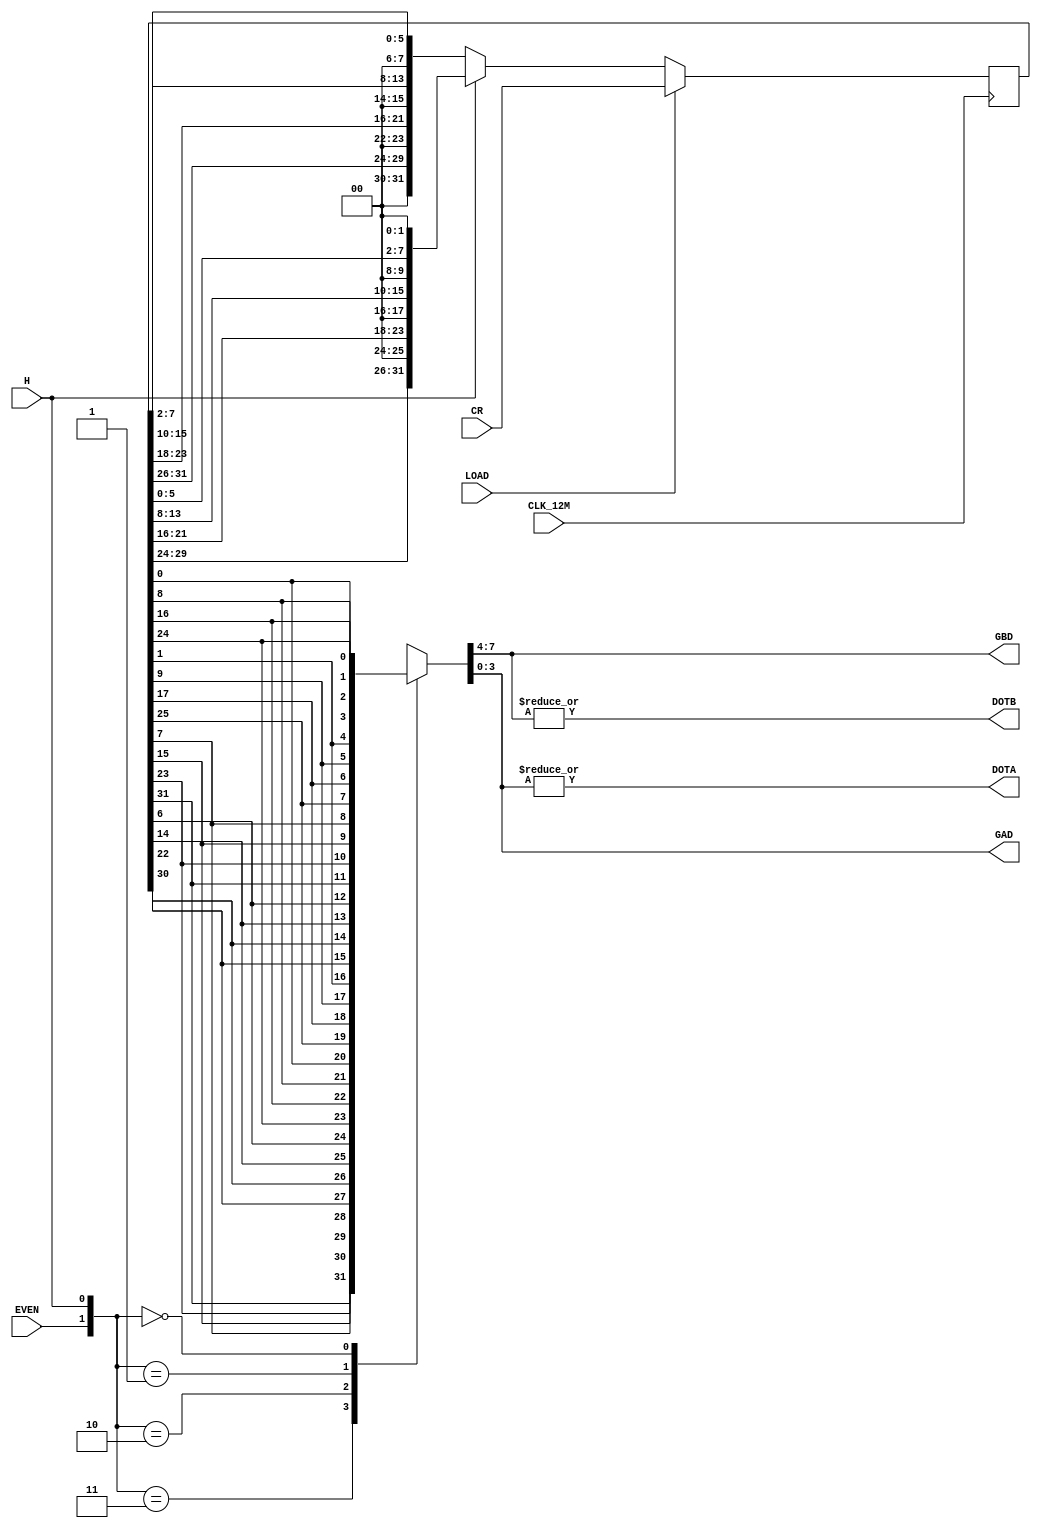
// NeoGeo logic definition (simulation only)
// Copyright (C) 2018 Sean Gonsalves
//
// This program is free software: you can redistribute it and/or modify
// it under the terms of the GNU General Public License as published by
// the Free Software Foundation, either version 3 of the License, or
// (at your option) any later version.
//
// This program is distributed in the hope that it will be useful,
// but WITHOUT ANY WARRANTY; without even the implied warranty of
// MERCHANTABILITY or FITNESS FOR A PARTICULAR PURPOSE.  See the
// GNU General Public License for more details.
//
// You should have received a copy of the GNU General Public License
// along with this program.  If not, see <https://www.gnu.org/licenses/>.

`timescale 1ns/1ns

// This is by Kyuusaku

module zmc2_dot(
	input CLK_12M,
	input EVEN,
	input LOAD,
	input H,
	input [31:0] CR,
	output reg [3:0] GAD, GBD,
	output reg DOTA, DOTB
);

	reg [31:0] SR;

	always @(negedge CLK_12M)
	begin
		if (LOAD) SR <= CR;
		else if (H) SR <= {SR[29:24], 2'b00, SR[21:16], 2'b00, SR[13:8], 2'b00, SR[5:0], 2'b00};
		else SR <= {2'b00, SR[31:26], 2'b00, SR[23:18], 2'b00, SR[15:10], 2'b00, SR[7:2]};
	end
	
	// Load:			FEDCBA98 76543210 FEDCBA98 76543210
	// Shift H=0:	--FEDCBA --765432 --FEDCBA --765432 --> Two pixels right
	// Shift H=1:  DCBA98-- 543210-- DCBA98-- 543210-- <-- Two pixels left

	always @*
	begin
		case ({EVEN, H})
			3: {GBD, GAD} <= {SR[31], SR[23], SR[15], SR[7], SR[30], SR[22], SR[14], SR[6]};
			2: {GBD, GAD} <= {SR[24], SR[16],  SR[8], SR[0], SR[25], SR[17],  SR[9], SR[1]};
			1: {GBD, GAD} <= {SR[30], SR[22], SR[14], SR[6], SR[31], SR[23], SR[15], SR[7]};
			0: {GBD, GAD} <= {SR[25], SR[17],  SR[9], SR[1], SR[24], SR[16],  SR[8], SR[0]};
		endcase
		
		{DOTA, DOTB} <= {|GAD, |GBD};
	end
	
	// EVEN H  FEDCBA98 76543210 FEDCBA98 76543210
	//   0  0        BA       BA       BA       BA	Reverse shift, X is even
	//   0  1  AB       AB       AB       AB			Normal shift, X is even
	//   1  0        AB       AB       AB       AB	Reverse shift, X is odd
	//   1  1  BA       BA       BA       BA			Normal shift, X is odd
	
endmodule